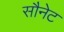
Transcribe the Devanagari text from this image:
सौनेट